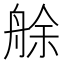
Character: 艅